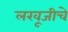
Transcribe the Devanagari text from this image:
लखूजीचे